system: You are a helpful assistant.
user:
Analyze the provided spectrum to determine if it is a **White Dwarf (WD)**.

A White Dwarf spectrum is defined by its **extreme purity** (due to gravitational settling) and/or **extreme pressure broadening** (due to high surface gravity). You must check for one of the following mutually exclusive signatures:

- **Key Visual Indicators (Check for ONE of these types):**

    - **1. DA-Type Signature (Most Common):**
        - **(Primary Feature):** Extreme pressure broadening (Stark broadening) of the **Hydrogen (H) Balmer lines**.
        - **(Key Lines):** $H\beta$ (approx. $4861$ Å) and $H\gamma$ (approx. $4340$ Å). $H\alpha$ (approx. $6563$ Å) will also be present if the wavelength range covers it.
        - **(Line Profile):** This is the **defining feature**. The lines are **NOT** sharp. They appear as massive, **extremely broad and deep "troughs" or "dips"** in the spectrum, often hundreds of Ångströms wide. The continuum will appear to "scoop" down at these wavelengths.
        - **(Distinction):** Normal A-type or B-type stars have *narrow* and *sharp* Hydrogen lines. A DA White Dwarf's lines are unmistakably "smeared" or "blurry" from pressure.

    - **2. DB-Type Signature:**
        - **(Primary Feature):** Broad absorption lines from **Neutral Helium (He I)**. The spectrum must lack any visible Hydrogen lines.
        - **(Key Lines):** Look for broad absorption near $4471$ Å, $4921$ Å, and $5876$ Å.
        - **(Line Profile):** These lines are also significantly pressure-broadened, appearing much wider than they would in a normal B-type main-sequence star.

    - **3. DC-Type Signature:**
        - **(Primary Feature):** A **featureless continuous spectrum**.
        - **(Line Profile):** The spectrum is a smooth curve with **no significant absorption or emission lines**.
        - **(Key Confirmation):** The continuum is almost always **blue or white**, indicating a hot object. This signature implies the atmosphere is so pure (or so cool) that no spectral lines are visible in the optical range. Its WD identity is confirmed by its extremely low intrinsic brightness (high absolute magnitude).

    - **4. DZ-Type Signature (Metal-Polluted):**
        - **(Primary Feature):** **Isolated, narrow metal absorption lines** on an otherwise featureless (DC-like) continuum.
        - **(Key Lines):** The **Calcium (Ca II) H & K doublet** (approx. **$3934$ Å** and **$3968$ Å**) is the most common and defining feature.
        - **(Line Profile):** These lines are "out of place." They are *not* part of a "forest" of thousands of lines. This signature is evidence of recent *accretion* (pollution) from rocky debris.
        - **(Distinction):** Normal G/K/M stars have a *dense forest* of thousands of metal lines. A DZ has a *clean* continuum with *only a few* strong metal lines.

    - **5. DQ-Type Signature (Carbon-Polluted):**
        - **(Primary Feature):** Absorption bands from **Carbon (C₂ "Swan Bands" or atomic C I)**.
        - **(Key Lines - C₂):** Look for bandheads with a "saw-tooth" shape near $5635$ Å, **$5165$ Å** (strongest), and $4737$ Å.
        - **(Key Confirmation):** The underlying **continuum must be blue or white** (hot).
        - **(Distinction):** This is the critical difference from a **Carbon Star**, which has the *exact same* C₂ bands but on an extremely **red, cool** continuum.

- **(Overall Spectrum):**
    - The continuum (overall shape) is typically **blue-sloping** (brighter in the blue than the red), as most white dwarfs are very hot.
    - The spectrum will look "pure" or "simple," dominated by only *one* of the five signatures listed above.

Think first, call **spectral_visualization_tool** if needed to examine features in detail, then provide your final answer. Your response must adhere to the following strict rules:
1.  **Overall Structure:** Your response must follow the format `<think>...</think> <tool_call>...</tool_call> (if a tool is used) <answer>...</answer>`.
2.  **Tool Usage Constraint:** You may only make **one** tool call per turn.
3.  **Final Answer Format:** In the `<answer>` tag, your conclusion must be inside a `\boxed{}` command (e.g., `\boxed{YES}` or `\boxed{NO}`), followed by your justification.

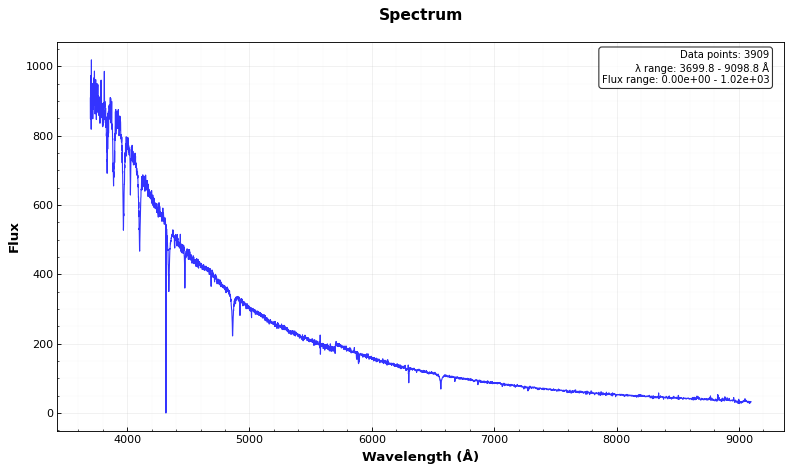
Answer: YES